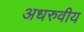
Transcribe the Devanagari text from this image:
अधरुवीय